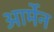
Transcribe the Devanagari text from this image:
आर्मेन